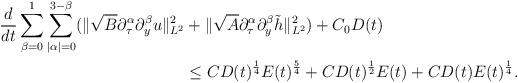
LaTeX: \begin{align*}\frac d{dt}\sum\limits_{\beta=0}^{1}\sum\limits_{|\alpha|=0}^{3-\beta}(\|\sqrt{B}\partial_\tau^\alpha\partial_y^\beta u\|_{L^2}^2&+\|\sqrt{A}\partial_\tau^\alpha\partial_y^\beta\tilde{h}\|_{L^2}^2)+C_0D(t) \\&\le CD(t)^{\frac 14}E(t)^{\frac54}+CD(t)^{\frac 12}E(t)+CD(t)E(t)^{\frac14}.\end{align*}